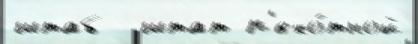
штаб  штат п'ехо́тной